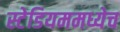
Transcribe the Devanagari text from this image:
स्टेडियममध्येच